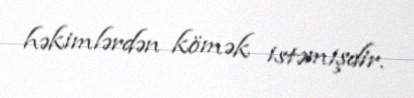
həkimlərdən kömək istəmişdir.